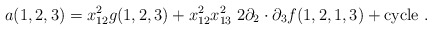
\begin{align*} a(1,2,3) = x^2_{12}g(1,2,3) + x^2_{12} x^2_{13}\; 2\partial_2\cdot\partial_3 f(1,2,1,3) + \mbox{cycle} \ .\end{align*}